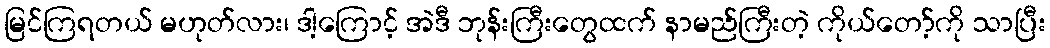
မြင်ကြရတယ် မဟုတ်လား၊ ဒါ့ကြောင့် အဲဒီ ဘုန်းကြီးတွေထက် နာမည်ကြီးတဲ့ ကိုယ်တော့်ကို သာပြီး